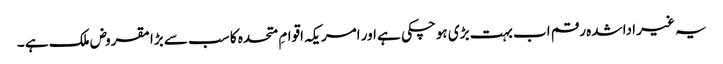
یہ غیر ادا شدہ رقم اب بہت بڑی ہوچکی ہے اور امریکہ اقوامِ متحدہ کا سب سے بڑا مقروض ملک ہے ۔